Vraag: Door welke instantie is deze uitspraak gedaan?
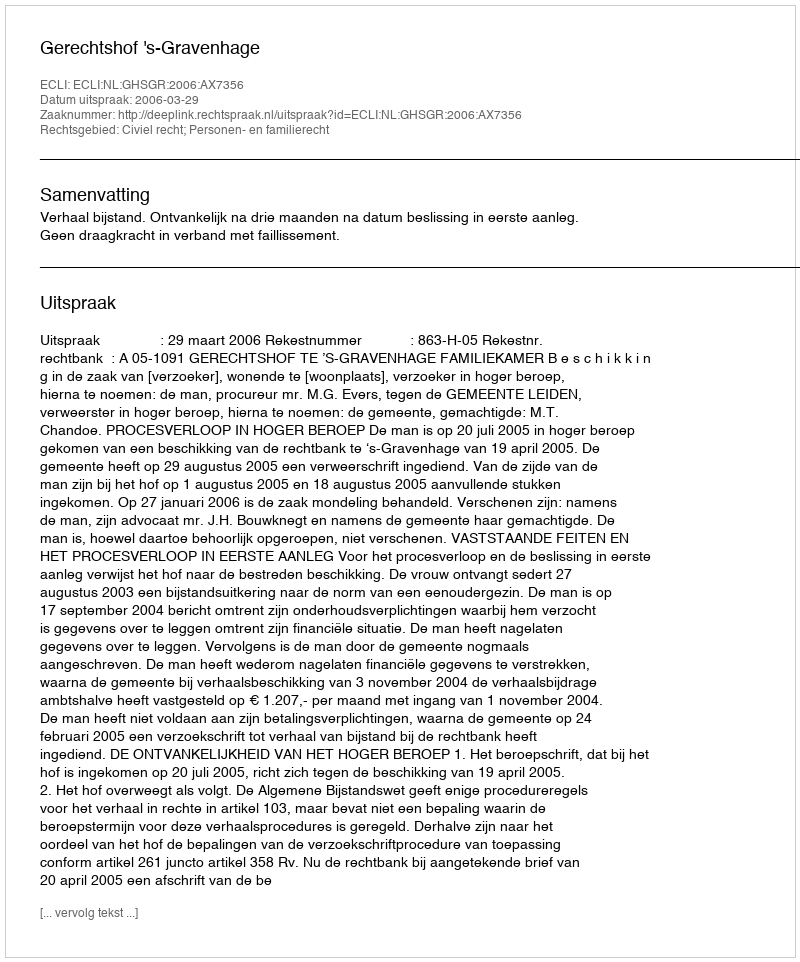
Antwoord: Gerechtshof 's-Gravenhage